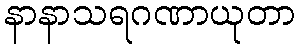
နာနာသရဂဏာယုတာ